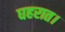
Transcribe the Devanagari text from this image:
घहरात।